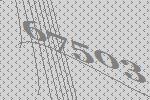
67503